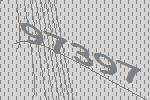
97397